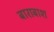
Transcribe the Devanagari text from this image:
बाराबाश